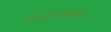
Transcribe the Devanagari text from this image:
योकोहामाखालोखाल